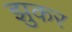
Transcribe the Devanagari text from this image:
झुकर